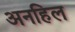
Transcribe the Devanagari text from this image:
अनहिल